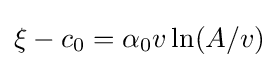
\xi -c_{0}=\alpha _{0}v\ln(A/v)